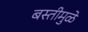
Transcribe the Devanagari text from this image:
बस्तीमुळे